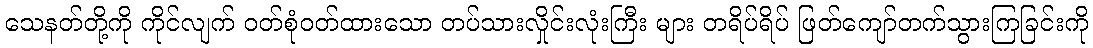
သေနတ်တို့ကို ကိုင်လျက် ဝတ်စုံဝတ်ထားသော တပ်သားလှိုင်းလုံးကြီး များ တရိပ်ရိပ် ဖြတ်ကျော်တက်သွားကြခြင်းကို